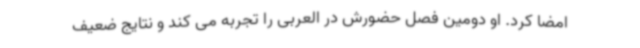
امضا کرد. او دومین فصل حضورش در العربی را تجربه می کند و نتایج ضعیف